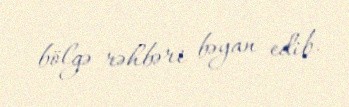
bölgə rəhbəri bəyan edib.